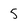
Character: 5